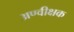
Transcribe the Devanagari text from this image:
अण्वीक्षक